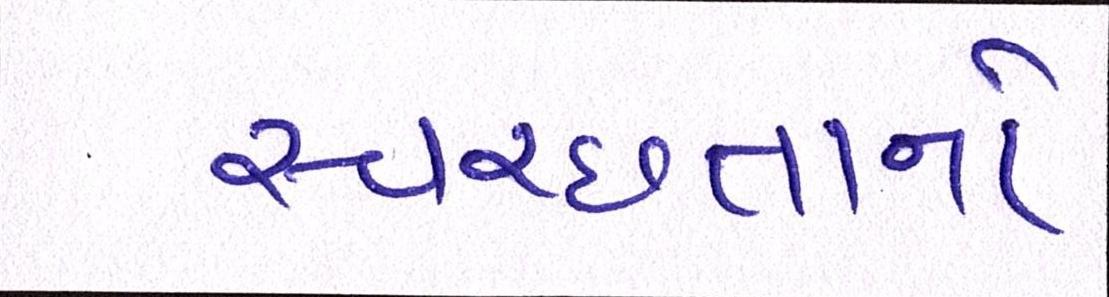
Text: સ્વચ્છતાનો